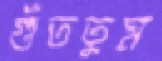
গুঁততুম